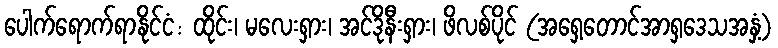
ပေါက်ရောက်ရာနိုင်ငံ: ထိုင်း၊ မလေးရှား၊ အင်ဒိုနီးရှား၊ ဖိလစ်ပိုင် (အရှေ့တောင်အာရှဒေသအနှံ့)